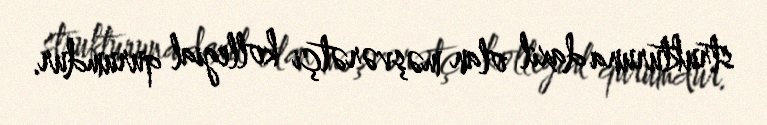
strukturuna daxil olan məşvərətçi kollegial qurumdur.